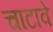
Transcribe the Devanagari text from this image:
चाटावे